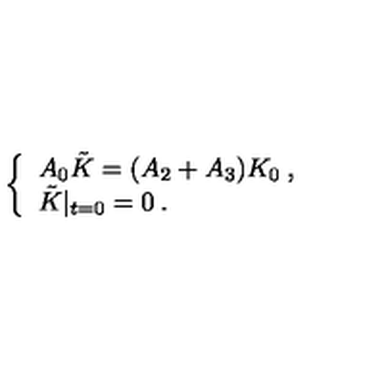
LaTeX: \left\{ \begin{array} { l } { A _ { 0 } \tilde { K } = ( A _ { 2 } + A _ { 3 } ) K _ { 0 } \: , } \\ { \tilde { K } | _ { t = 0 } = 0 \: . } \\ \end{array} \right.